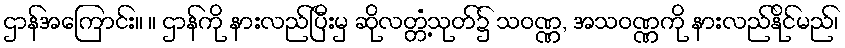
ဌာန်အကြောင်း။ ။ ဌာန်ကို နားလည်ပြီးမှ ဆိုလတ္တံ့သုတ်၌ သဝဏ္ဏ, အသဝဏ္ဏကို နားလည်နိုင်မည်၊